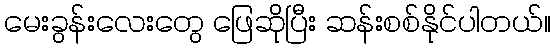
မေးခွန်းလေးတွေ ဖြေဆိုပြီး ဆန်းစစ်နိုင်ပါတယ်။